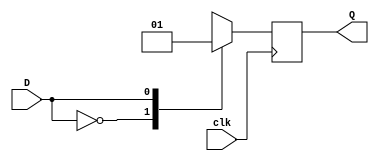
`timescale 1ns / 1ps
//////////////////////////////////////////////////////////////////////////////////

// ID          : N180116
//Branch       : ECE
//Project Name : RTL design using Verilog
//Design  Name : JK FLIP FLOP USING D FLIP FLOP --> D TO JK FF CONVERSION
//Module  Name : D_FF
//RGUKT NUZVID 
//////////////////////////////////////////////////////////////////////////////////


module D_FF(clk,D,Q);
input clk,D;
output reg Q=0;

always@(posedge clk) begin
     case({D})
   1'b0      :   Q<=1'b0;
   1'b1      :   Q<=1'b1;
   default   :   Q<=1'b0;
    endcase
end
endmodule